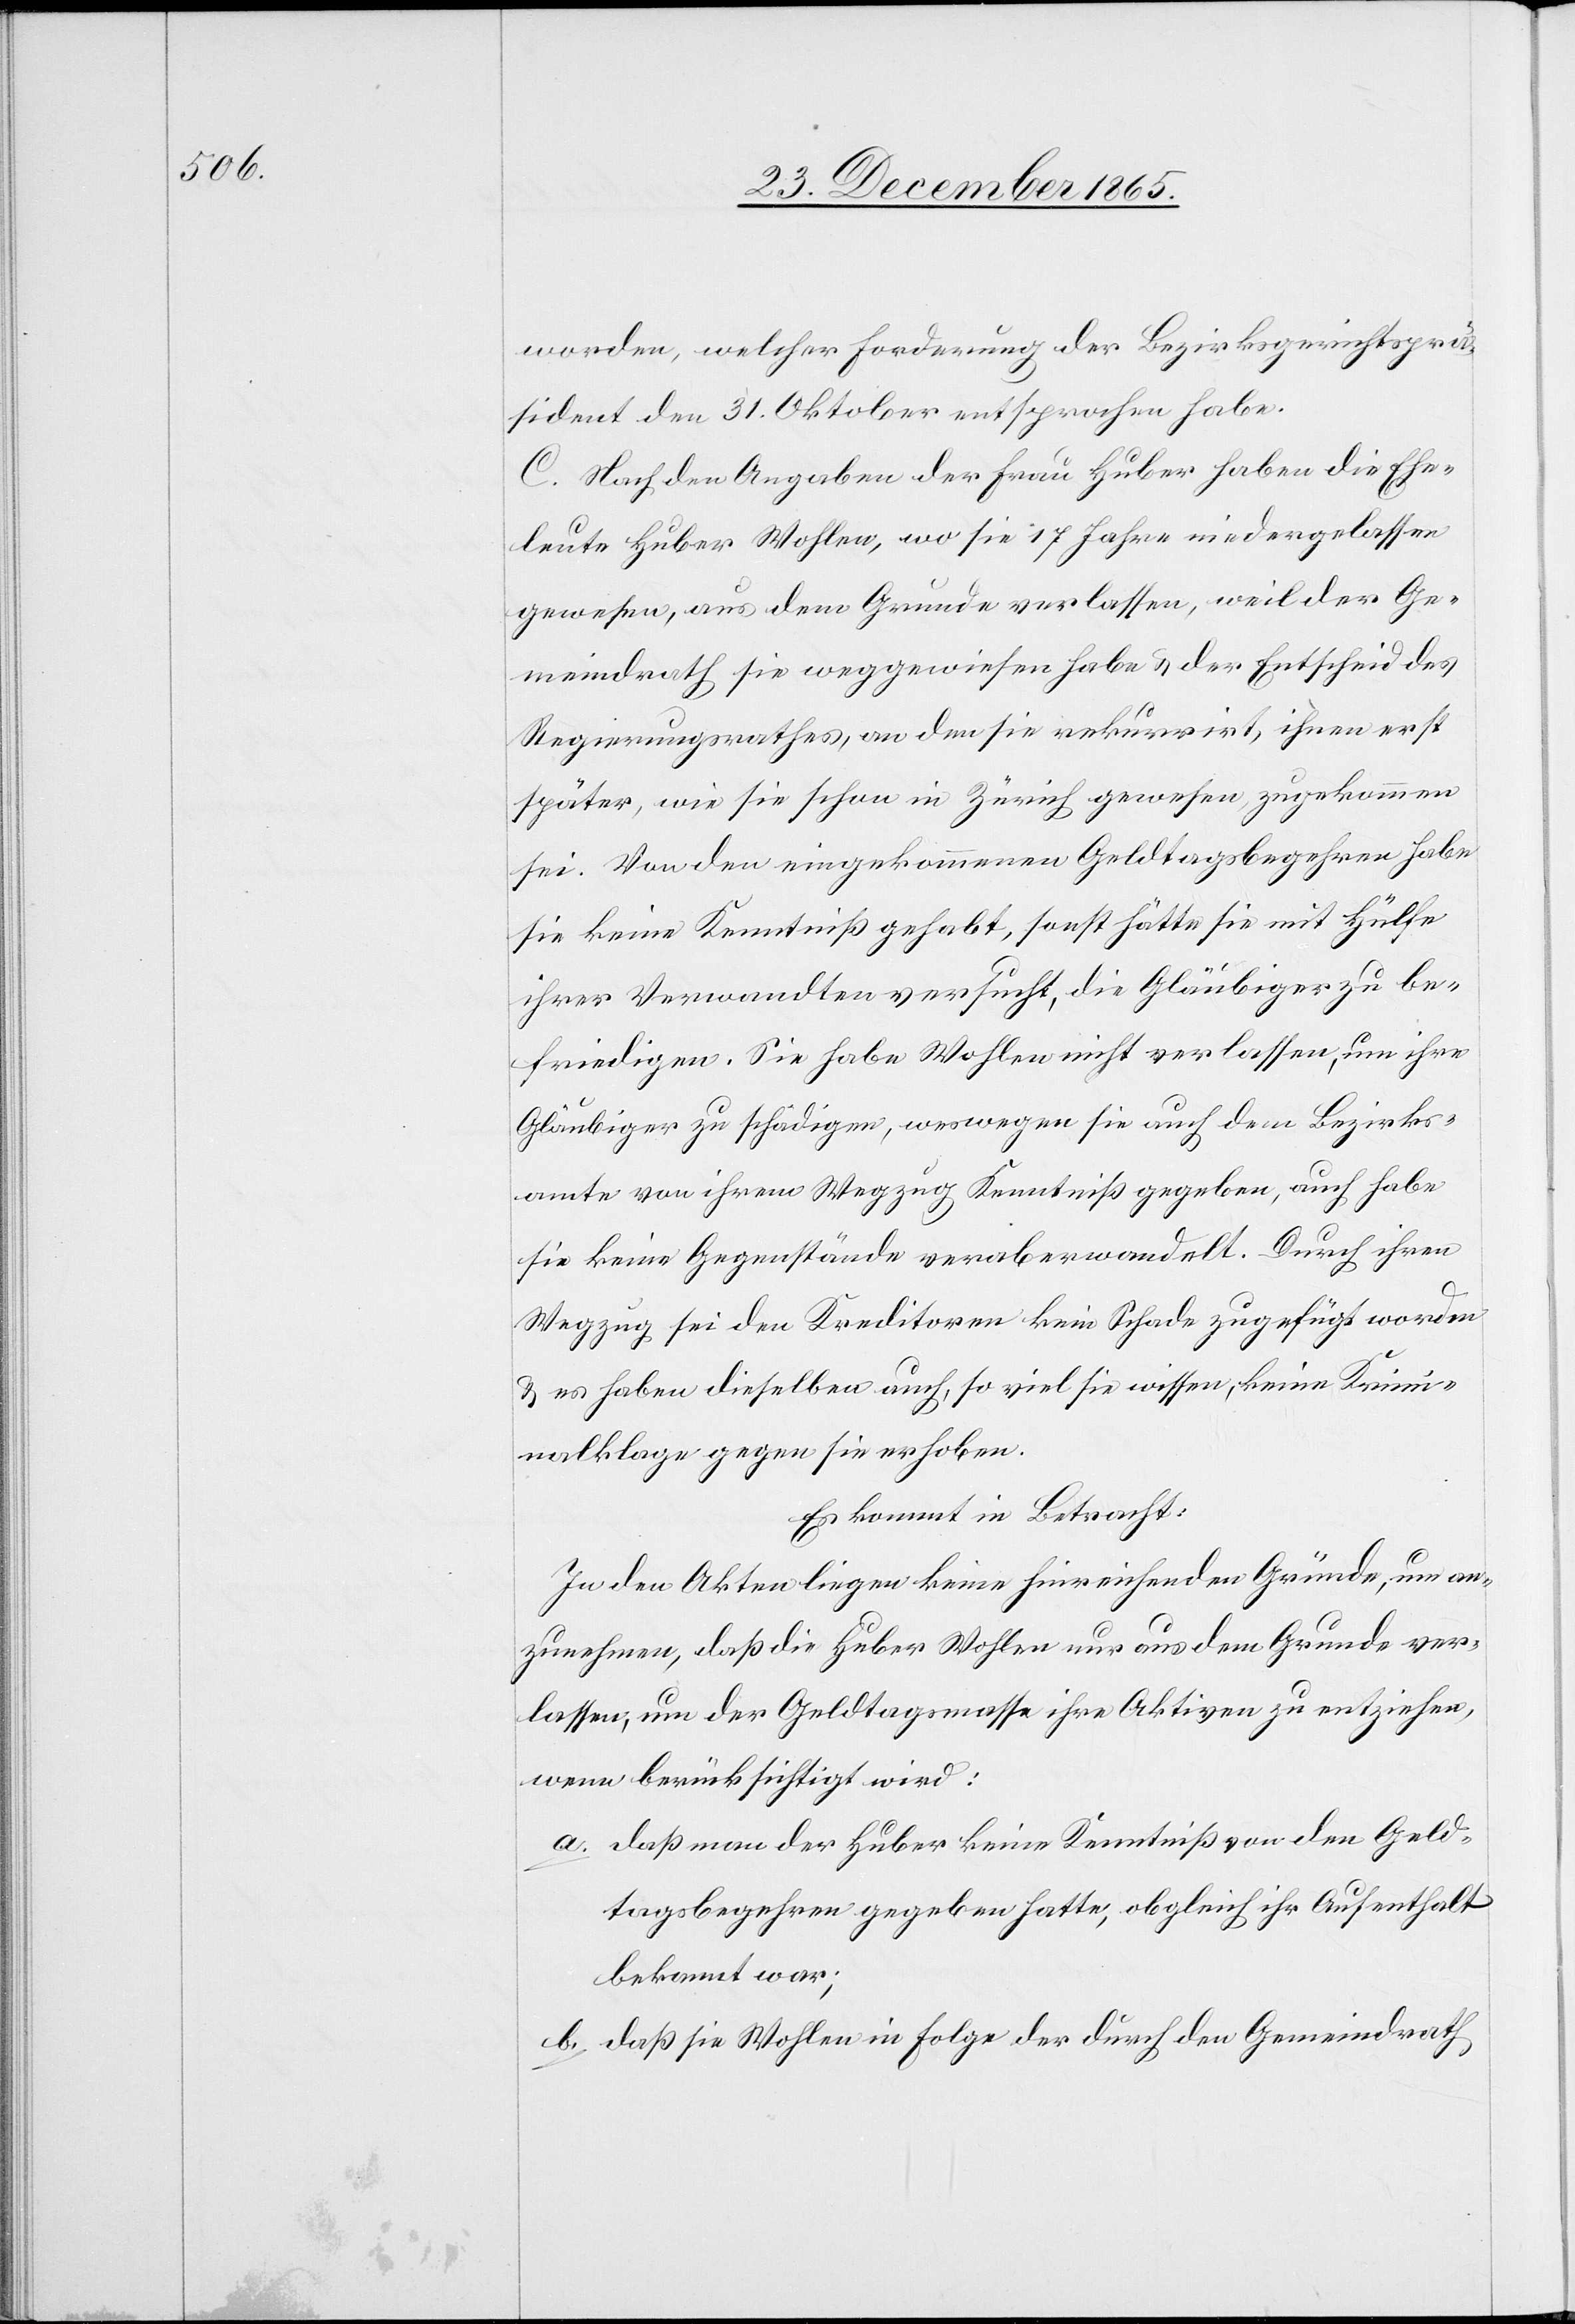
worden, welcher Forderung der Bezirksgerichtsprä¬
sident den 31. Oktober entsprochen habe.
C. Nach den Angaben der Frau Huber haben die Ehe¬
leute Huber Wohlen, wo sie 17 Jahre niedergelassen
gewesen, aus dem Grunde verlassen, weil der Ge¬
meindrath sie weggewiesen habe & der Entscheid des
Regierungsrathes, an den sie rekurrirt, ihnen erst
später, wie sie schon in Zürich gewesen, zugekommen
sei. Von den eingekommenen Geldtagsbegehren habe
sie keine Kenntniß gehabt, sonst hätte sie mit Hülfe
ihrer Verwandten versucht, die Gläubiger zu be¬
friedigen. Sie habe Wohlen nicht verlassen, um ihre
Gläubiger zu schädigen, weswegen sie auch dem Bezirks¬
amte von ihrem Wegzug Kenntniß gegeben, auch habe
sie keine Gegenstände veraberwandelt. Durch ihren
Wegzug sei den Kreditoren keine Schade zugefügt worden
& es haben dieselben auch, so viel sie wissen, keine Krimi¬
nalklage gegen sie erhoben.
Es kommt in Betracht:
In den Akten liegen keine hinreichenden Gründe, um an¬
zunehmen, daß die Huber Wohlen nur aus dem Grunde ver¬
lassen, um der Geldtagsmasse ihre Aktiven zu entziehen,
wenn berücksichtigt wird:
a. da man der Huber keine Kenntniß von den Geld¬
tagsbegehren gegeben hatte, obgleich ihr Aufenthalt
bekannt war;
b. daß sie Wohlen in Folge der durch den Gemeindrath